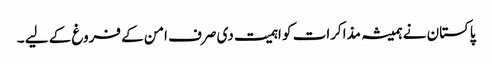
پاکستان نے ہمیشہ مذاکرات کو اہمیت دی صرف امن کے فروغ کے لیے ۔